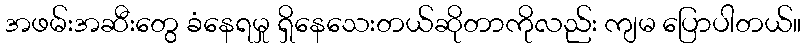
အဖမ်းအဆီးတွေ ခံနေရမှု ရှိနေသေးတယ်ဆိုတာကိုလည်း ကျမ ပြောပါတယ်။